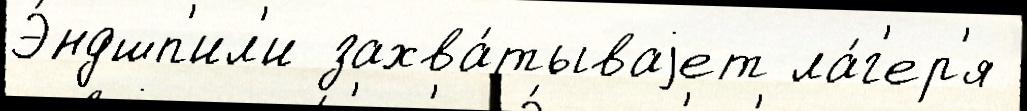
Э́ндшп'ил'и захва́тываjет ла́г'ер'я